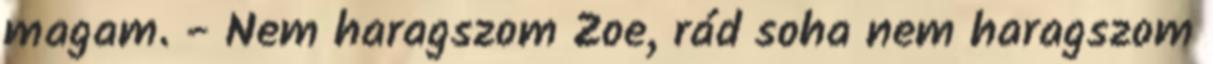
magam. - Nem haragszom Zoe, rád soha nem haragszom